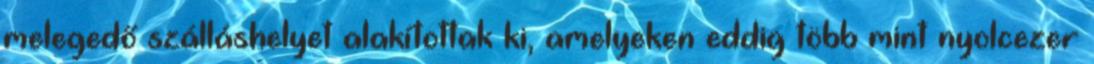
melegedő szálláshelyet alakítottak ki, amelyeken eddig több mint nyolcezer